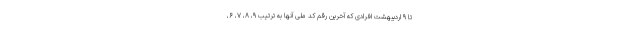
تا ۹ اردیبهشت افرادی که آخرین رقم کد ملی آنها به ترتیب ۹، ۸، ۷، ۶،